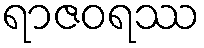
ရာဇဝရဿ